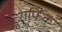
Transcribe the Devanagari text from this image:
राफिक